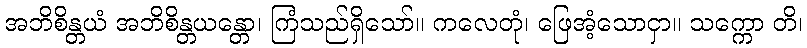
အဘိစိန္တယံ အဘိစိန္တယန္တော၊ ကြံသည်ရှိသော်။ ကလေတုံ၊ ဖြေအံ့သောငှာ။ သက္ကော တိ၊